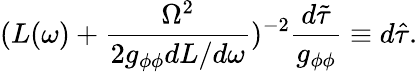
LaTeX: (L(\omega)+\frac{\Omega^{2}}{2g_{\phi\phi}dL/d\omega})^{-2}\frac{d\tilde{\tau}}{g_{\phi\phi}}\equiv d\hat{\tau}.